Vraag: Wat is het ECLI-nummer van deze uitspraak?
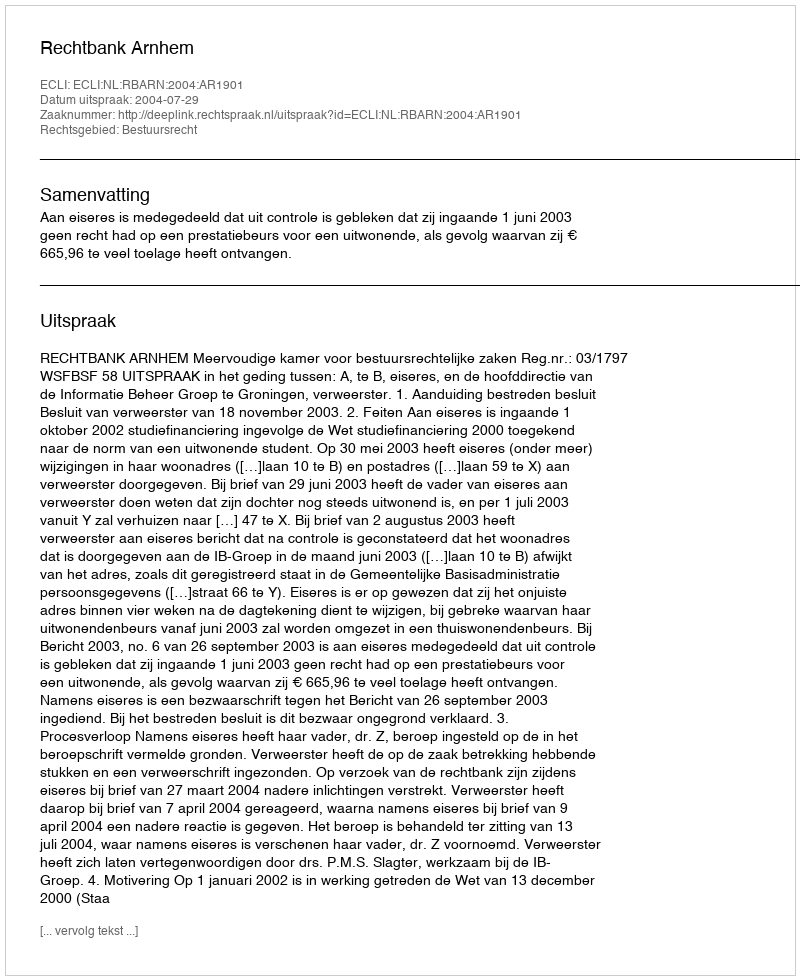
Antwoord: ECLI:NL:RBARN:2004:AR1901